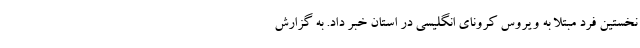
نخستین فرد مبتلا به ویروس کرونای انگلیسی در استان خبر داد. به گزارش